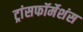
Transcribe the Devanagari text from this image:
ट्रांसफॉर्मेशंस